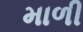
માળી